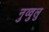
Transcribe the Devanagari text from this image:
नुव्वुलु